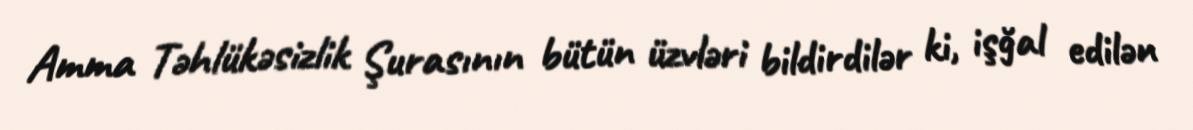
Amma Təhlükəsizlik Şurasının bütün üzvləri bildirdilər ki, işğal edilən